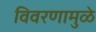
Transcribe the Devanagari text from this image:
विवरणामुळे